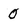
Character: 0